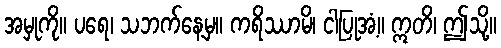
အမှုကို။ ပရေ၊ သဘက်နေ့မှ။ ကရိဿာမိ၊ ငါပြုအံ့။ ဣတိ၊ ဤသို့။